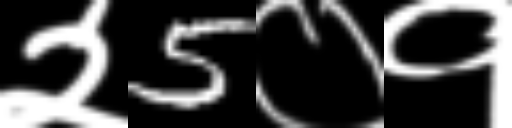
Text: २5०१